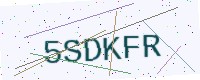
Text: 5SDKFR